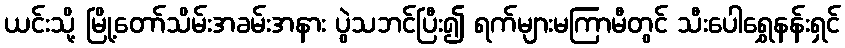
ယင်းသို့ မြို့တော်သိမ်းအခမ်းအနား ပွဲသဘင်ပြီး၍ ရက်များမကြာမီတွင် သီးပေါရွှေနန်းရှင်